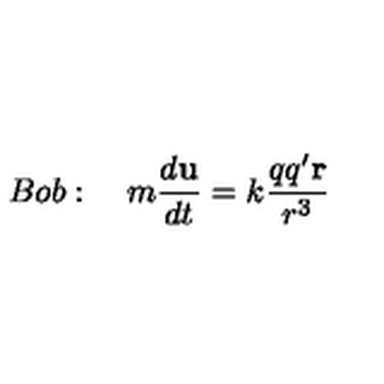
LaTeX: B o b : \quad m \frac { d \mathbf { u } } { d t } = k \frac { q q ^ { \prime } \mathbf { r } } { r ^ { 3 } } \qquad \qquad